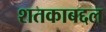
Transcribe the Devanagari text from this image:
शतकाबद्दल